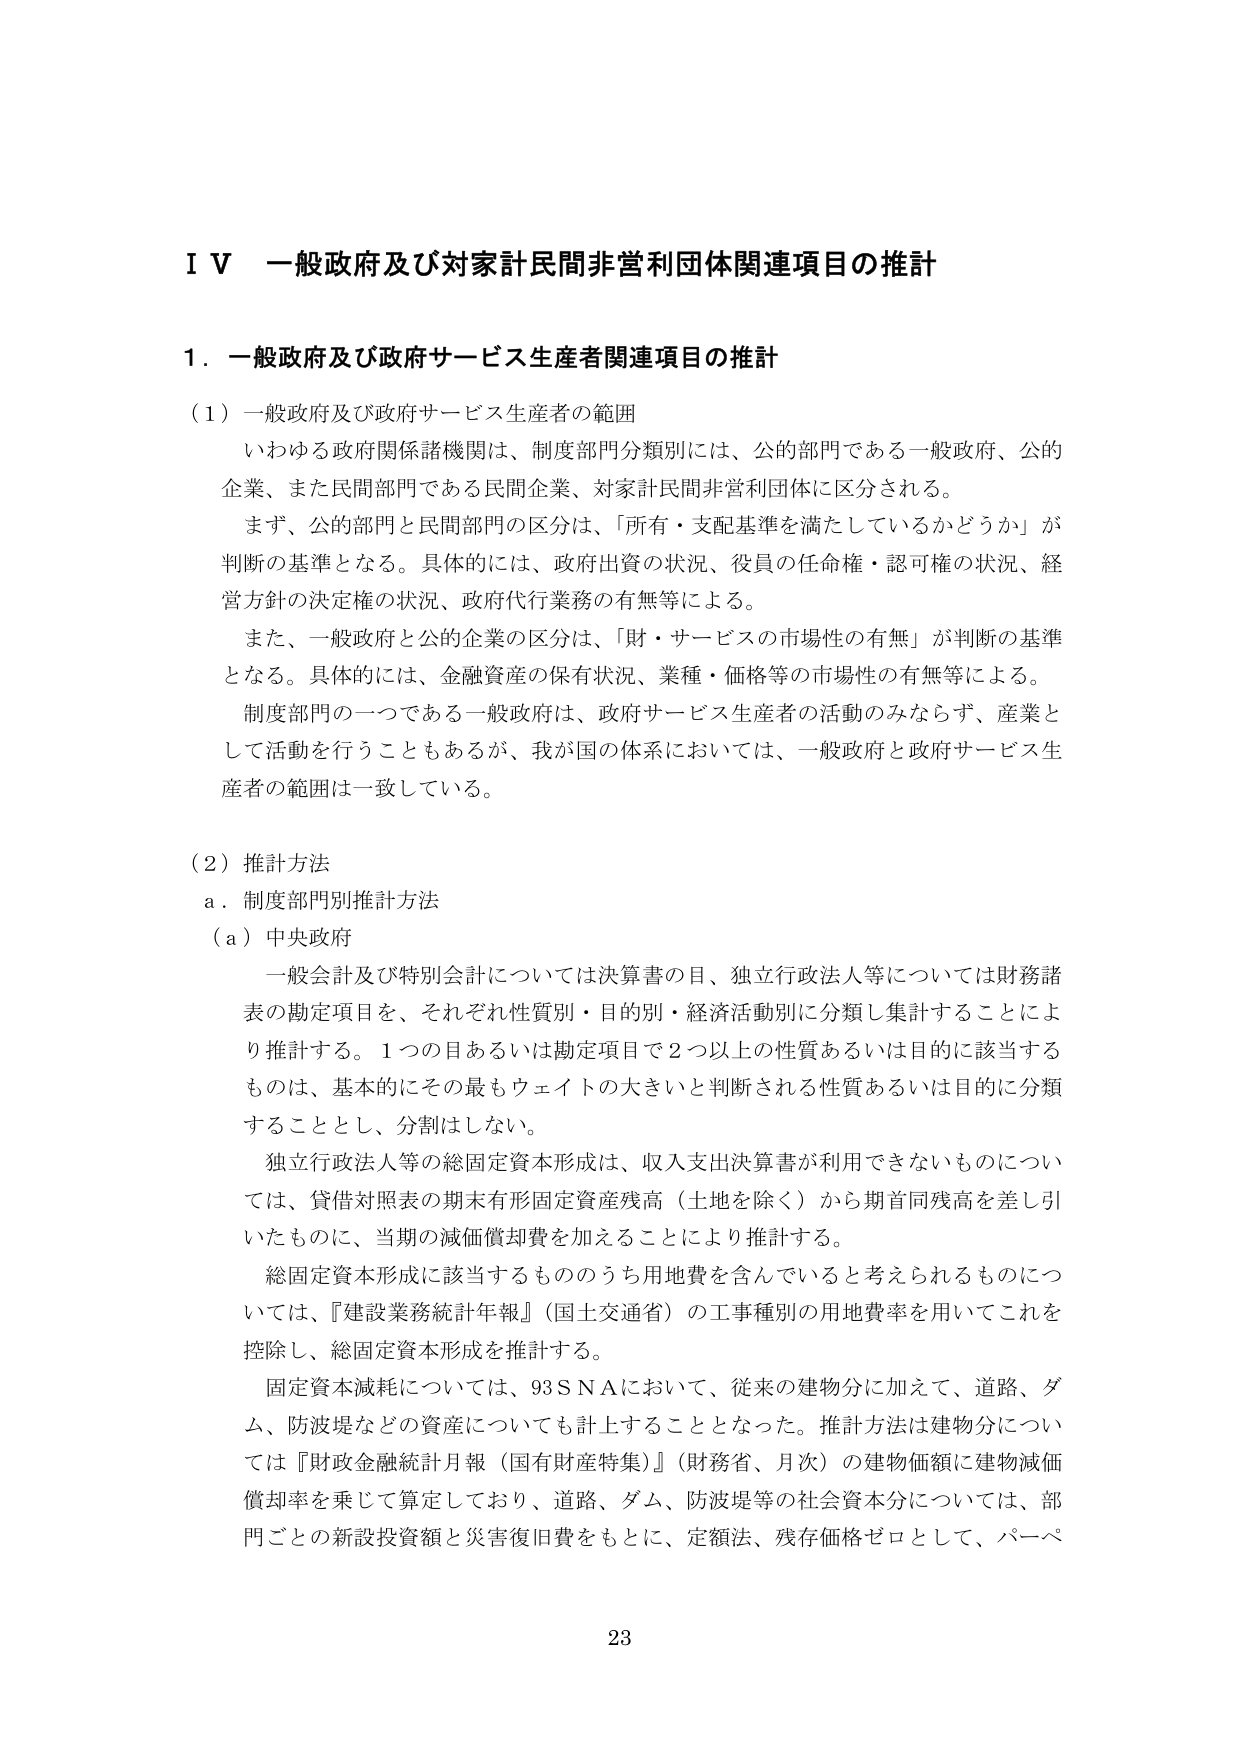
ＩＶ 一般政府及び対家計民間非営利団体関連項目の推計

１．一般政府及び政府サービス生産者関連項目の推計

（１）一般政府及び政府サービス生産者の範囲
いわゆる政府関係諸機関は、制度部門分類別には、公的部門である一般政府、公的企業、また民間部門である民間企業、対家計民間非営利団体に区分される。
まず、公的部門と民間部門の区分は、「所有・支配基準を満たしているかどうか」が判断の基準となる。具体的には、政府出資の状況、役員の任命権・認可権の状況、経営方針の決定権の状況、政府代行業務の有無等による。
また、一般政府と公的企業の区分は、「財・サービスの市場性の有無」が判断の基準となる。具体的には、金融資産の保有状況、業種・価格等の市場性の有無等による。
制度部門の一つである一般政府は、政府サービス生産者の活動のみならず、産業として活動を行うこともあるが、我が国の体系においては、一般政府と政府サービス生産者の範囲は一致している。

（２）推計方法
ａ．制度部門別推計方法
（ａ）中央政府
一般会計及び特別会計については決算書の目、独立行政法人等については財務諸表の勘定項目を、それぞれ性質別・目的別・経済活動別に分類し集計することにより推計する。１つの目あるいは勘定項目で２つ以上の性質あるいは目的に該当するものは、基本的にその最もウェイトの大きいと判断される性質あるいは目的に分類することとし、分割はしない。
独立行政法人等の総固定資本形成は、収入支出決算書が利用できないものについては、貸借対照表の期末有形固定資産残高（土地を除く）から期首同残高を差し引いたものに、当期の減価償却費を加えることにより推計する。
総固定資本形成に該当するもののうち用地費を含んでいると考えられるものについては、『建設業務統計年報』（国土交通省）の工事種別の用地費率を用いてこれを控除し、総固定資本形成を推計する。
固定資本減耗については、93ＳＮＡにおいて、従来の建物分に加えて、道路、ダム、防波堤などの資産についても計上することとなった。推計方法は建物分については『財政金融統計月報（国有財産特集）』（財務省、月次）の建物価額に建物減価償却率を乗じて算定しており、道路、ダム、防波堤等の社会資本分については、部門ごとの新設投資額と災害復旧費をもとに、定額法、残存価格ゼロとして、パープ

23